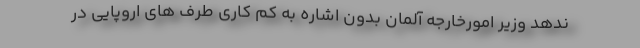
ندهد وزیر امورخارجه آلمان بدون اشاره به کم کاری طرف های اروپایی در